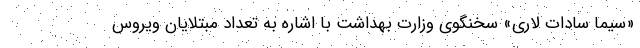
«سیما سادات لاری» سخنگوی وزارت بهداشت با اشاره به تعداد مبتلایان ویروس